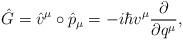
LaTeX: \begin{align*}\hat{G}=\hat{v}^{\mu}\circ \hat{p}_{\mu}=-i\hbar v^{\mu}\frac{\partial }{\partial q^{\mu}},\end{align*}